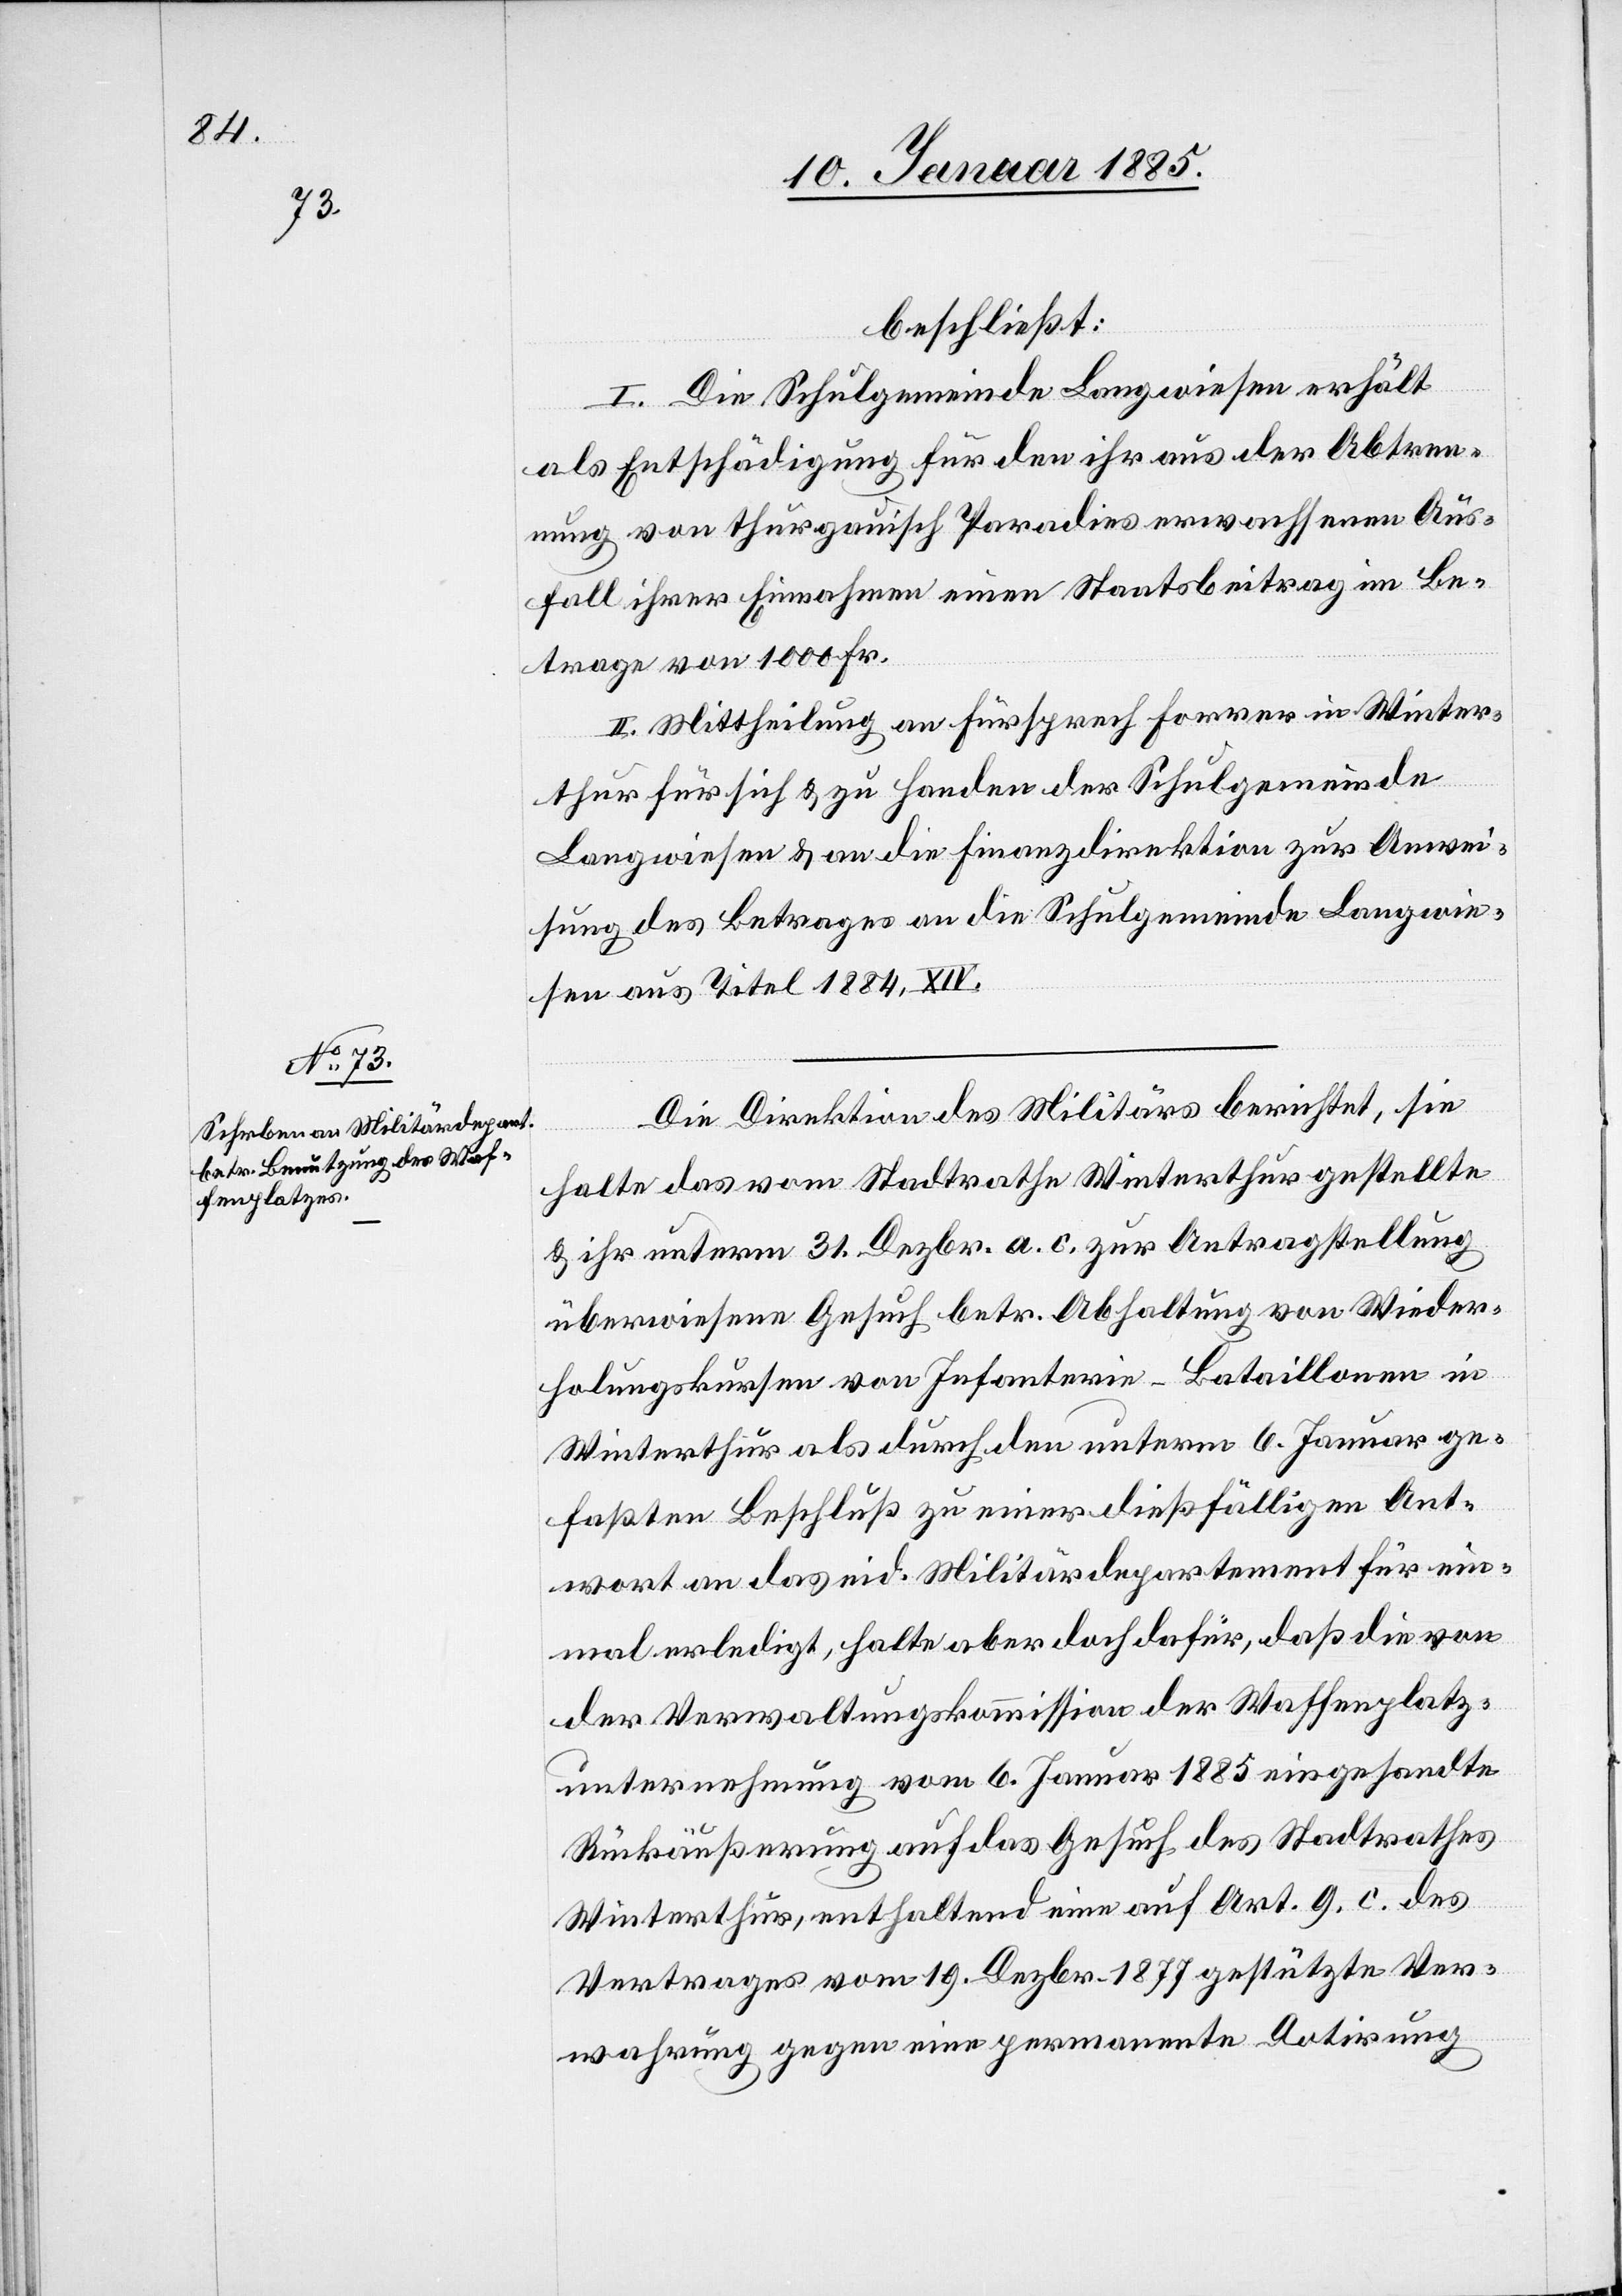
beschließt:
I. Die Schulgemeinde Langwiesen erhält
als Entschädigung für den ihr aus der Abtren¬
nung von thurgauisch Paradies erwachsenen Aus¬
fall ihrer Einnahmen einen Staatsbeitrag im Be¬
trage von 1000 Fr.
II. Mittheilung an Fürsprech Forrer in Winter¬
thur für sich & zu Handen der Schulgemeinde
Langwiesen & an die Finanzdirektion zur Anwei¬
sung des Betrages an die Schulgemeinde Langwie¬
sen aus Titel 1884, XIV.
Die Direktion des Militärs berichtet, sie
halte das vom Stadtrathe Winterthur gestellte
& ihr unterm 31. Dezbr. a. c. zur Antragstellung
überwiesene Gesuch betr. Abhaltung on Wieder¬
holungskursen von Infanterie-Bataillonen in
Winterthur als durch den unterm 6. Januar ge¬
faßten Beschluß zu einer dießfälligen Ant¬
wort an das eid. Militärdepartement für ein¬
mal erledigt, halte aber doch dafür, daß die von
der Verwaltungskommission der Waffenplatz¬
unternehmung vom 6. Januar 1885 eingesandte
Rückäußerung auf das Gesuch des Stadtrathes
Winterthur enthaltend eine auf Art. 9. c. des
Vertrages vom 19. Dezbr. 1877 gestützte Ver¬
wahrung gegen eine permanente Dotirung